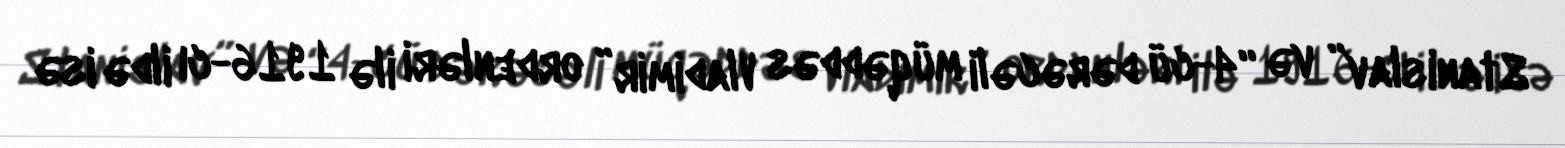
Stanislav” və “4-cü dərəcəli müqəddəs Vladimir” ordenləri ilə 1916-cı ildə isə